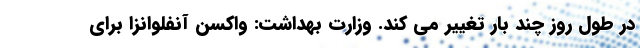
در طول روز چند بار تغییر می کند. وزارت بهداشت: واکسن آنفلوانزا برای